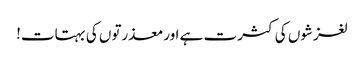
لغزشوں کی کثرت ہے اورمعذرتوں کی بہتات!